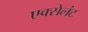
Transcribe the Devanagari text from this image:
एक्सेलंट